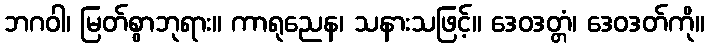
ဘဂဝါ၊ မြတ်စွာဘုရား။ ကာရုညေန၊ သနားသဖြင့်။ ဒေဝဒတ္တံ၊ ဒေဝဒတ်ကို။